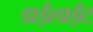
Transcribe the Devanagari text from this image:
डाईलाईट